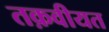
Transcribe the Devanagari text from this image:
तक़वीयत